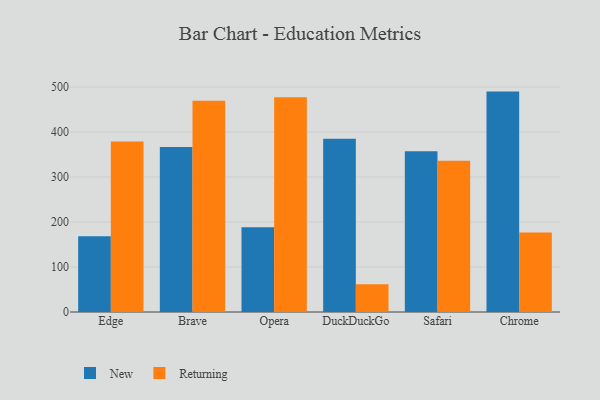
{"axis": {"x": "Browser", "y": "Production Output"}, "legend": ["New", "Returning"], "data": [{"x": "Edge", "y": 168.4, "type": "New"}, {"x": "Edge", "y": 379.0, "type": "Returning"}, {"x": "Brave", "y": 366.4, "type": "New"}, {"x": "Brave", "y": 469.3, "type": "Returning"}, {"x": "Opera", "y": 188.1, "type": "New"}, {"x": "Opera", "y": 477.1, "type": "Returning"}, {"x": "DuckDuckGo", "y": 384.7, "type": "New"}, {"x": "DuckDuckGo", "y": 61.5, "type": "Returning"}, {"x": "Safari", "y": 357.2, "type": "New"}, {"x": "Safari", "y": 336.3, "type": "Returning"}, {"x": "Chrome", "y": 489.7, "type": "New"}, {"x": "Chrome", "y": 176.8, "type": "Returning"}]}